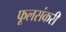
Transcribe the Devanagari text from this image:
फूलसंकरी